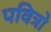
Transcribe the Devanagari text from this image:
पवित्रो